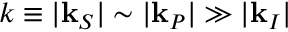
k \equiv | \mathbf { k } _ { S } | \sim | \mathbf { k } _ { P } | \gg | \mathbf { k } _ { I } |